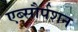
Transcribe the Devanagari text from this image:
एब्सौर्पशन